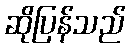
ဆိုပြန်သည်